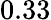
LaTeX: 0.33